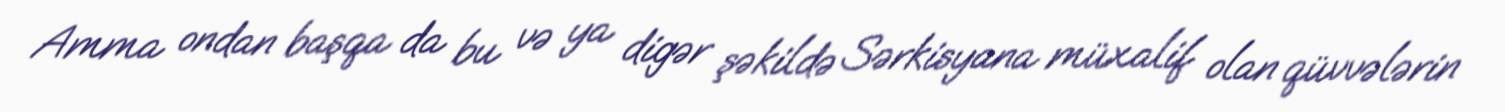
Amma ondan başqa da bu və ya digər şəkildə Sərkisyana müxalif olan qüvvələrin